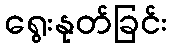
ရွေးနုတ်ခြင်း